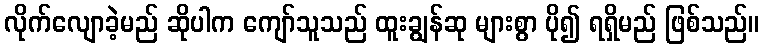
လိုက်လျောခဲ့မည် ဆိုပါက ကျော်သူသည် ထူးချွန်ဆု များစွာ ပို၍ ရရှိမည် ဖြစ်သည်။